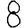
Digit: 8